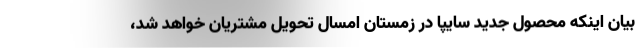
بیان اینکه محصول جدید سایپا در زمستان امسال تحویل مشتریان خواهد شد،